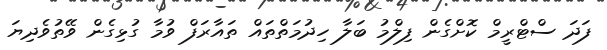
ފަދަ ސްޓްރީމް ކޮށްގެން ފިލްމު ބަލާ ހިދުމަތްތައް ތައާރަފް ވުމާ ގުޅިގެން ވޭތުވެދިޔަ